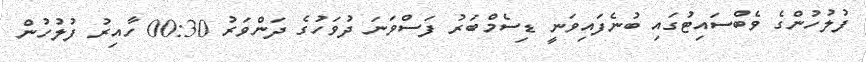
ފުލުހުންގެ ވެބްސައިޓުގައި ބުނެފައިވަނީ ޑިސެމްބަރު ފަސްވަނަ ދުވަހުގެ ދަންވަރު 00:30 ހާއިރު ފުލުހުން